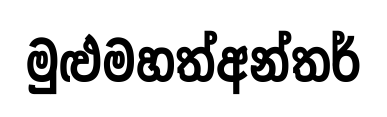
මුළුමහත්අන්තර්